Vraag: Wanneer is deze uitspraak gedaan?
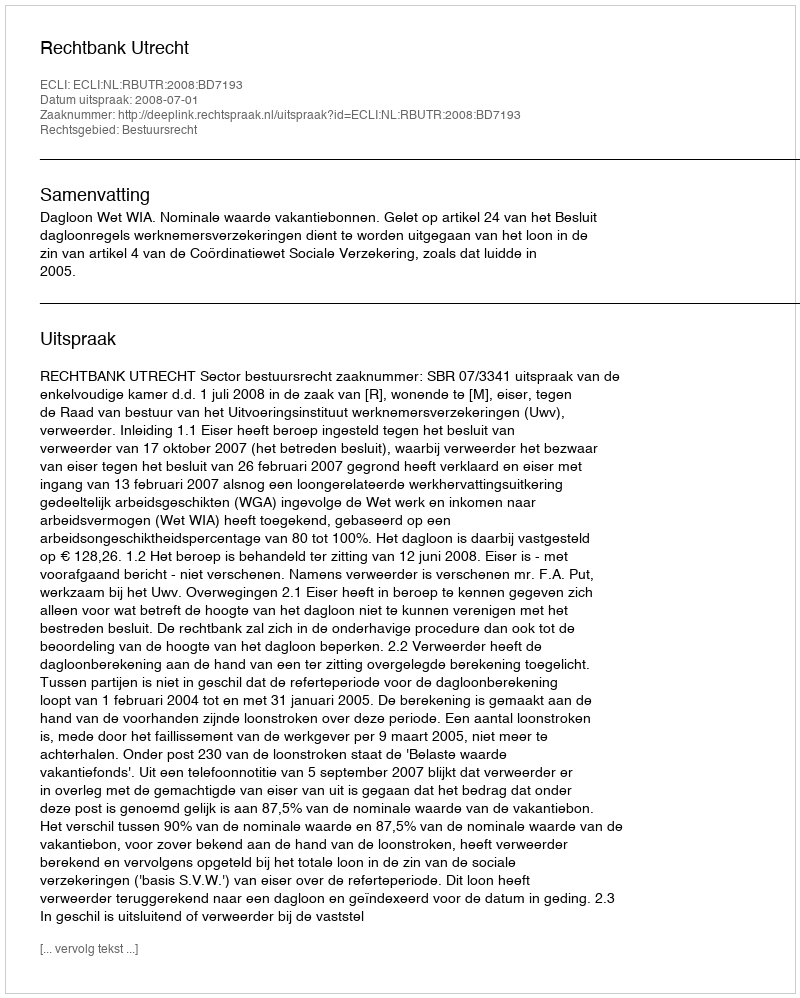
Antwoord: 2008-07-01